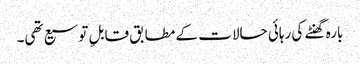
بارہ گھنٹے کی رہائی حالات کے مطابق قابلِ توسیع تھی۔